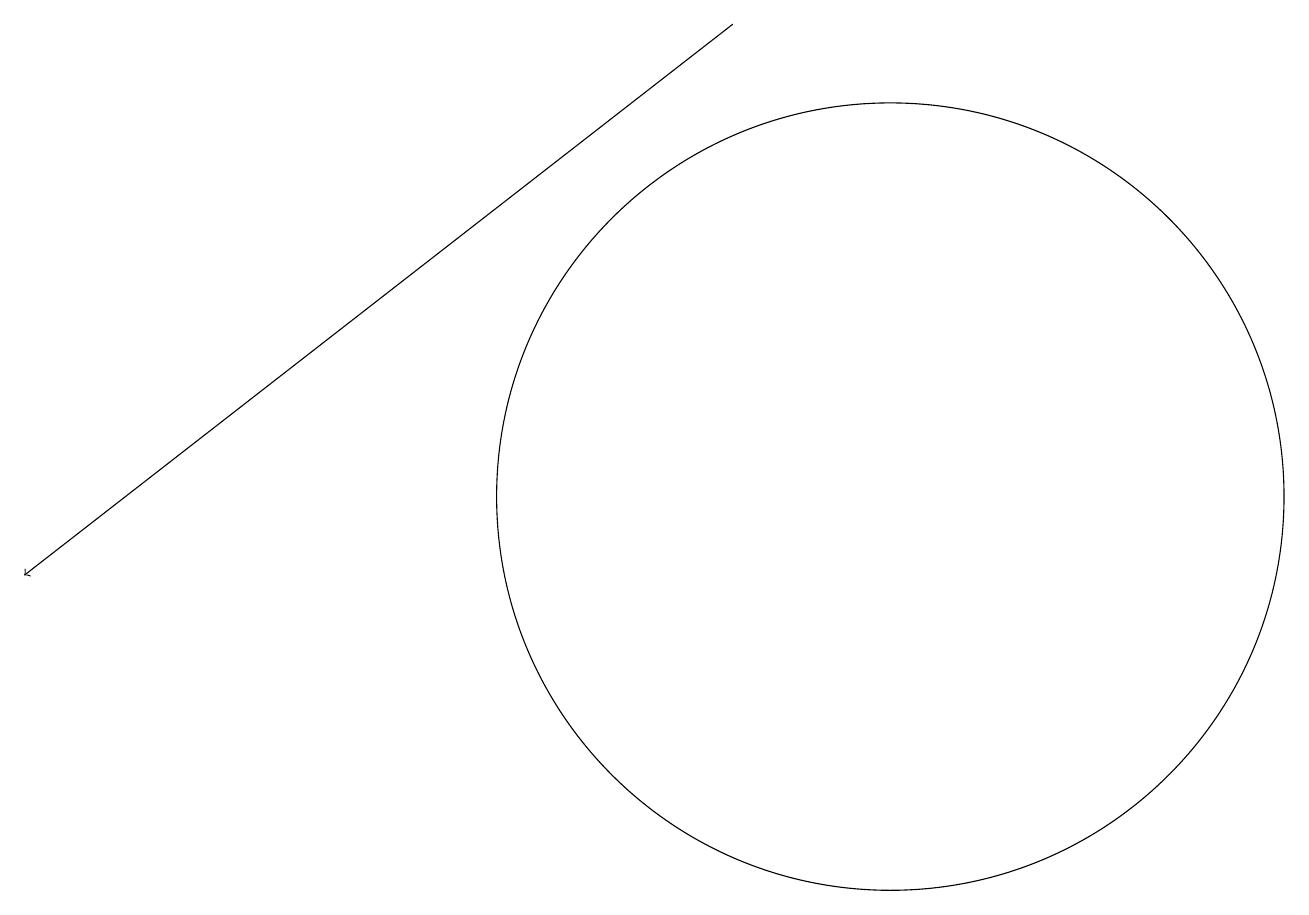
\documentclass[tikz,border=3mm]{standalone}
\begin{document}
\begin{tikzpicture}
\draw[->] (9,18) -- (0,11);
\draw (11,12) circle (5);
\draw (12,10) circle (0);
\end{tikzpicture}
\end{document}